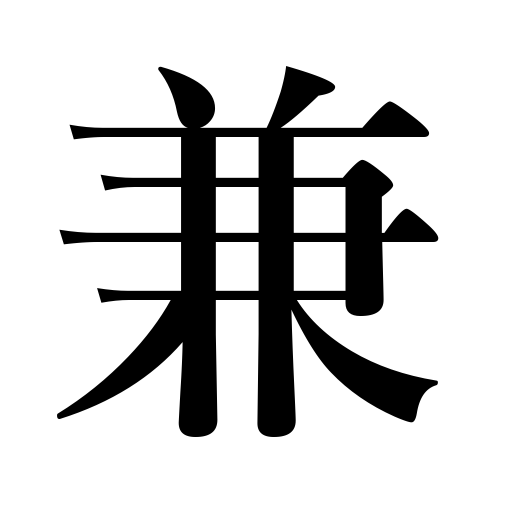
Meanings: and,combine with,hold an additional post,in addition,use with,concurrently,serve as both